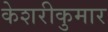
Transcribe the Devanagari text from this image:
केशरीकुमार